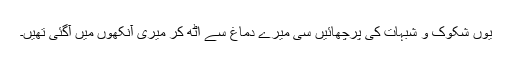
یوں شکوک و شبہات کی پرچھائیں سی میرے دماغ سے اُٹھ کر میری آنکھوں میں آگئی تھیں۔